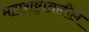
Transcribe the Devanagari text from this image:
महाराष्ट्रातलील